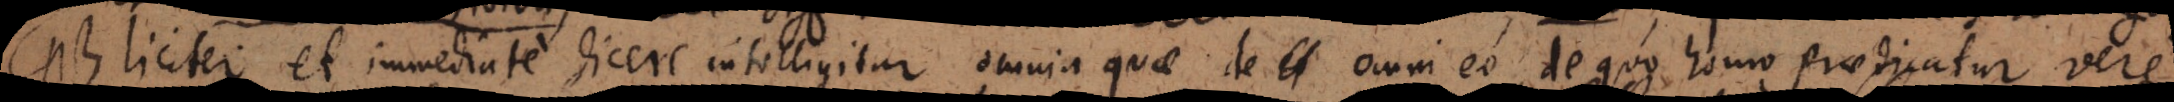
r et immediate dicere intelligitur omnia quae de eo omni eo, de quo homo praedicatur vere